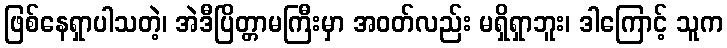
ဖြစ်နေရှာပါသတဲ့၊ အဲဒီပြိတ္တာမကြီးမှာ အဝတ်လည်း မရှိရှာဘူး၊ ဒါကြောင့် သူက